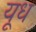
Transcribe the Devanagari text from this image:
यूध